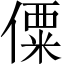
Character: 僳